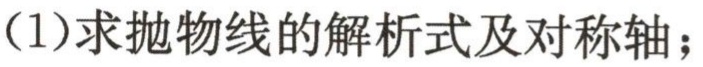
(1)求抛物线的解析式及对称轴；